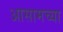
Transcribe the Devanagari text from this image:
अासामच्या